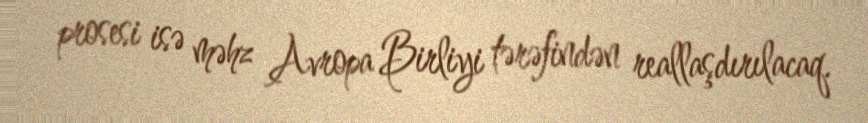
prosesi isə məhz Avropa Birliyi tərəfindən reallaşdırılacaq.